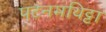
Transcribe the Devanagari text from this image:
पटनमथिट्टा